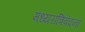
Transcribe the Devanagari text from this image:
मध्यरात्रिवंदना